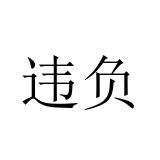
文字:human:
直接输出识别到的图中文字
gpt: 违负